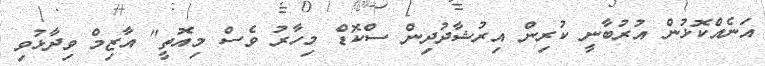
އަނެއްކޮޅުން އުރުބާނީ ކުރިން އިރުޝާދުދިން ސްކޮޑް މިހާރު ވެސް މިއޮތީ" އާޒިމް ވިދާޅުވި